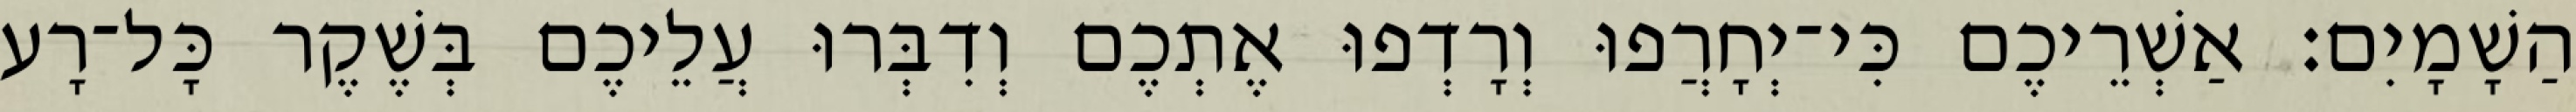
הַשָׁמָיִם׃ אַשְׁרֵיכֶם כִּי־יְחָרֲפוּ וְרָדְפוּ אֶתְכֶם וְדִבְּרוּ עֲלֵיכֶם בְּשֶׁקֶר כָּל־רָע